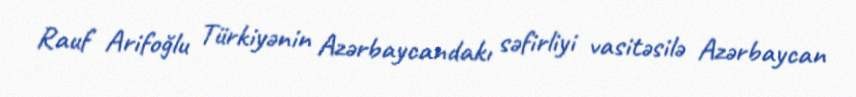
Rauf Arifoğlu Türkiyənin Azərbaycandakı səfirliyi vasitəsilə Azərbaycan